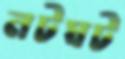
নটঘট